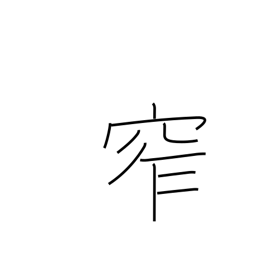
Meaning: furl